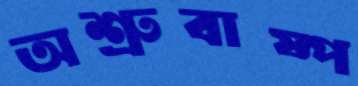
অশ্রুবাষ্প